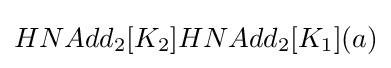
HNAdd_{2}[K_{2}]HNAdd_{2}[K_{1}](a)